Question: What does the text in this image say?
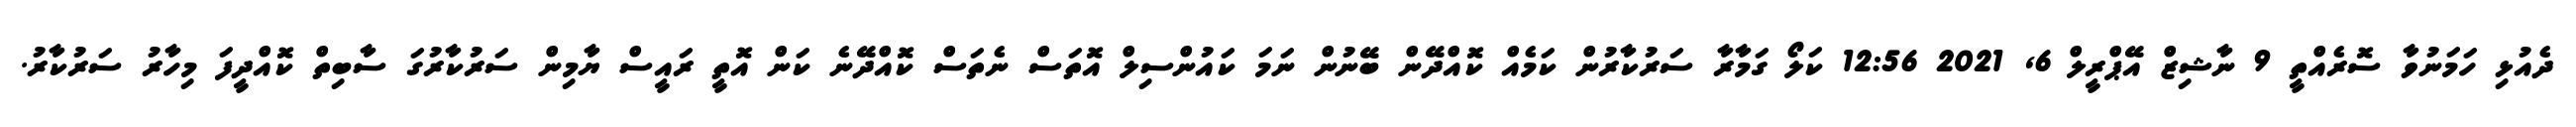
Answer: ދެއުޅި ހަމަނުވާ ސޮރެއްތީ 9 ނާޝިޒް އޭޕްރީލް 6, 2021 12:56 ކަލޯ ގަމާރާ ސަރުކާރުން ކަމެއް ކޮއްދޭން ބޭނުން ނަމަ ކައުންސިލް އޮތަސް ނެތަސް ކޮއްދޭނެ ކަން އޮތީ ރައީސް ޔާމިން ސަރުކާރުގަ ސާބިތް ކޮއްދީފަ މިހާރު ސަރުކާރު.